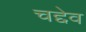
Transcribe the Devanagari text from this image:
चद्देव